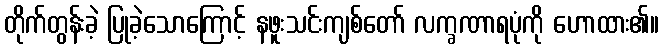
တိုက်တွန်းခဲ့ ပြုခဲ့သောကြောင့် နဖူးသင်းကျစ်တော် လက္ခဏာရပုံကို ဟောထား၏။